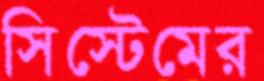
সিস্টেমের